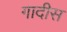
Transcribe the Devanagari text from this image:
गादीस